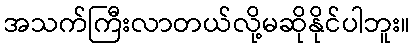
အသက်ကြီးလာတယ်လို့မဆိုနိုင်ပါဘူး။